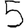
Digit: 5